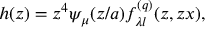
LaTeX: h ( z ) = z ^ { 4 } \psi _ { \mu } ( z / a ) f _ { \lambda l } ^ { ( q ) } ( z , z x ) ,